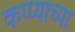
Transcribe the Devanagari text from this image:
कप्प्याच्या